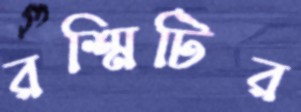
রশ্মিটির